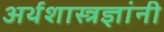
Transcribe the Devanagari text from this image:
अर्थशास्त्रज्ञांनी